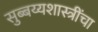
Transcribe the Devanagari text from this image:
सुब्बय्यशास्त्रींचा